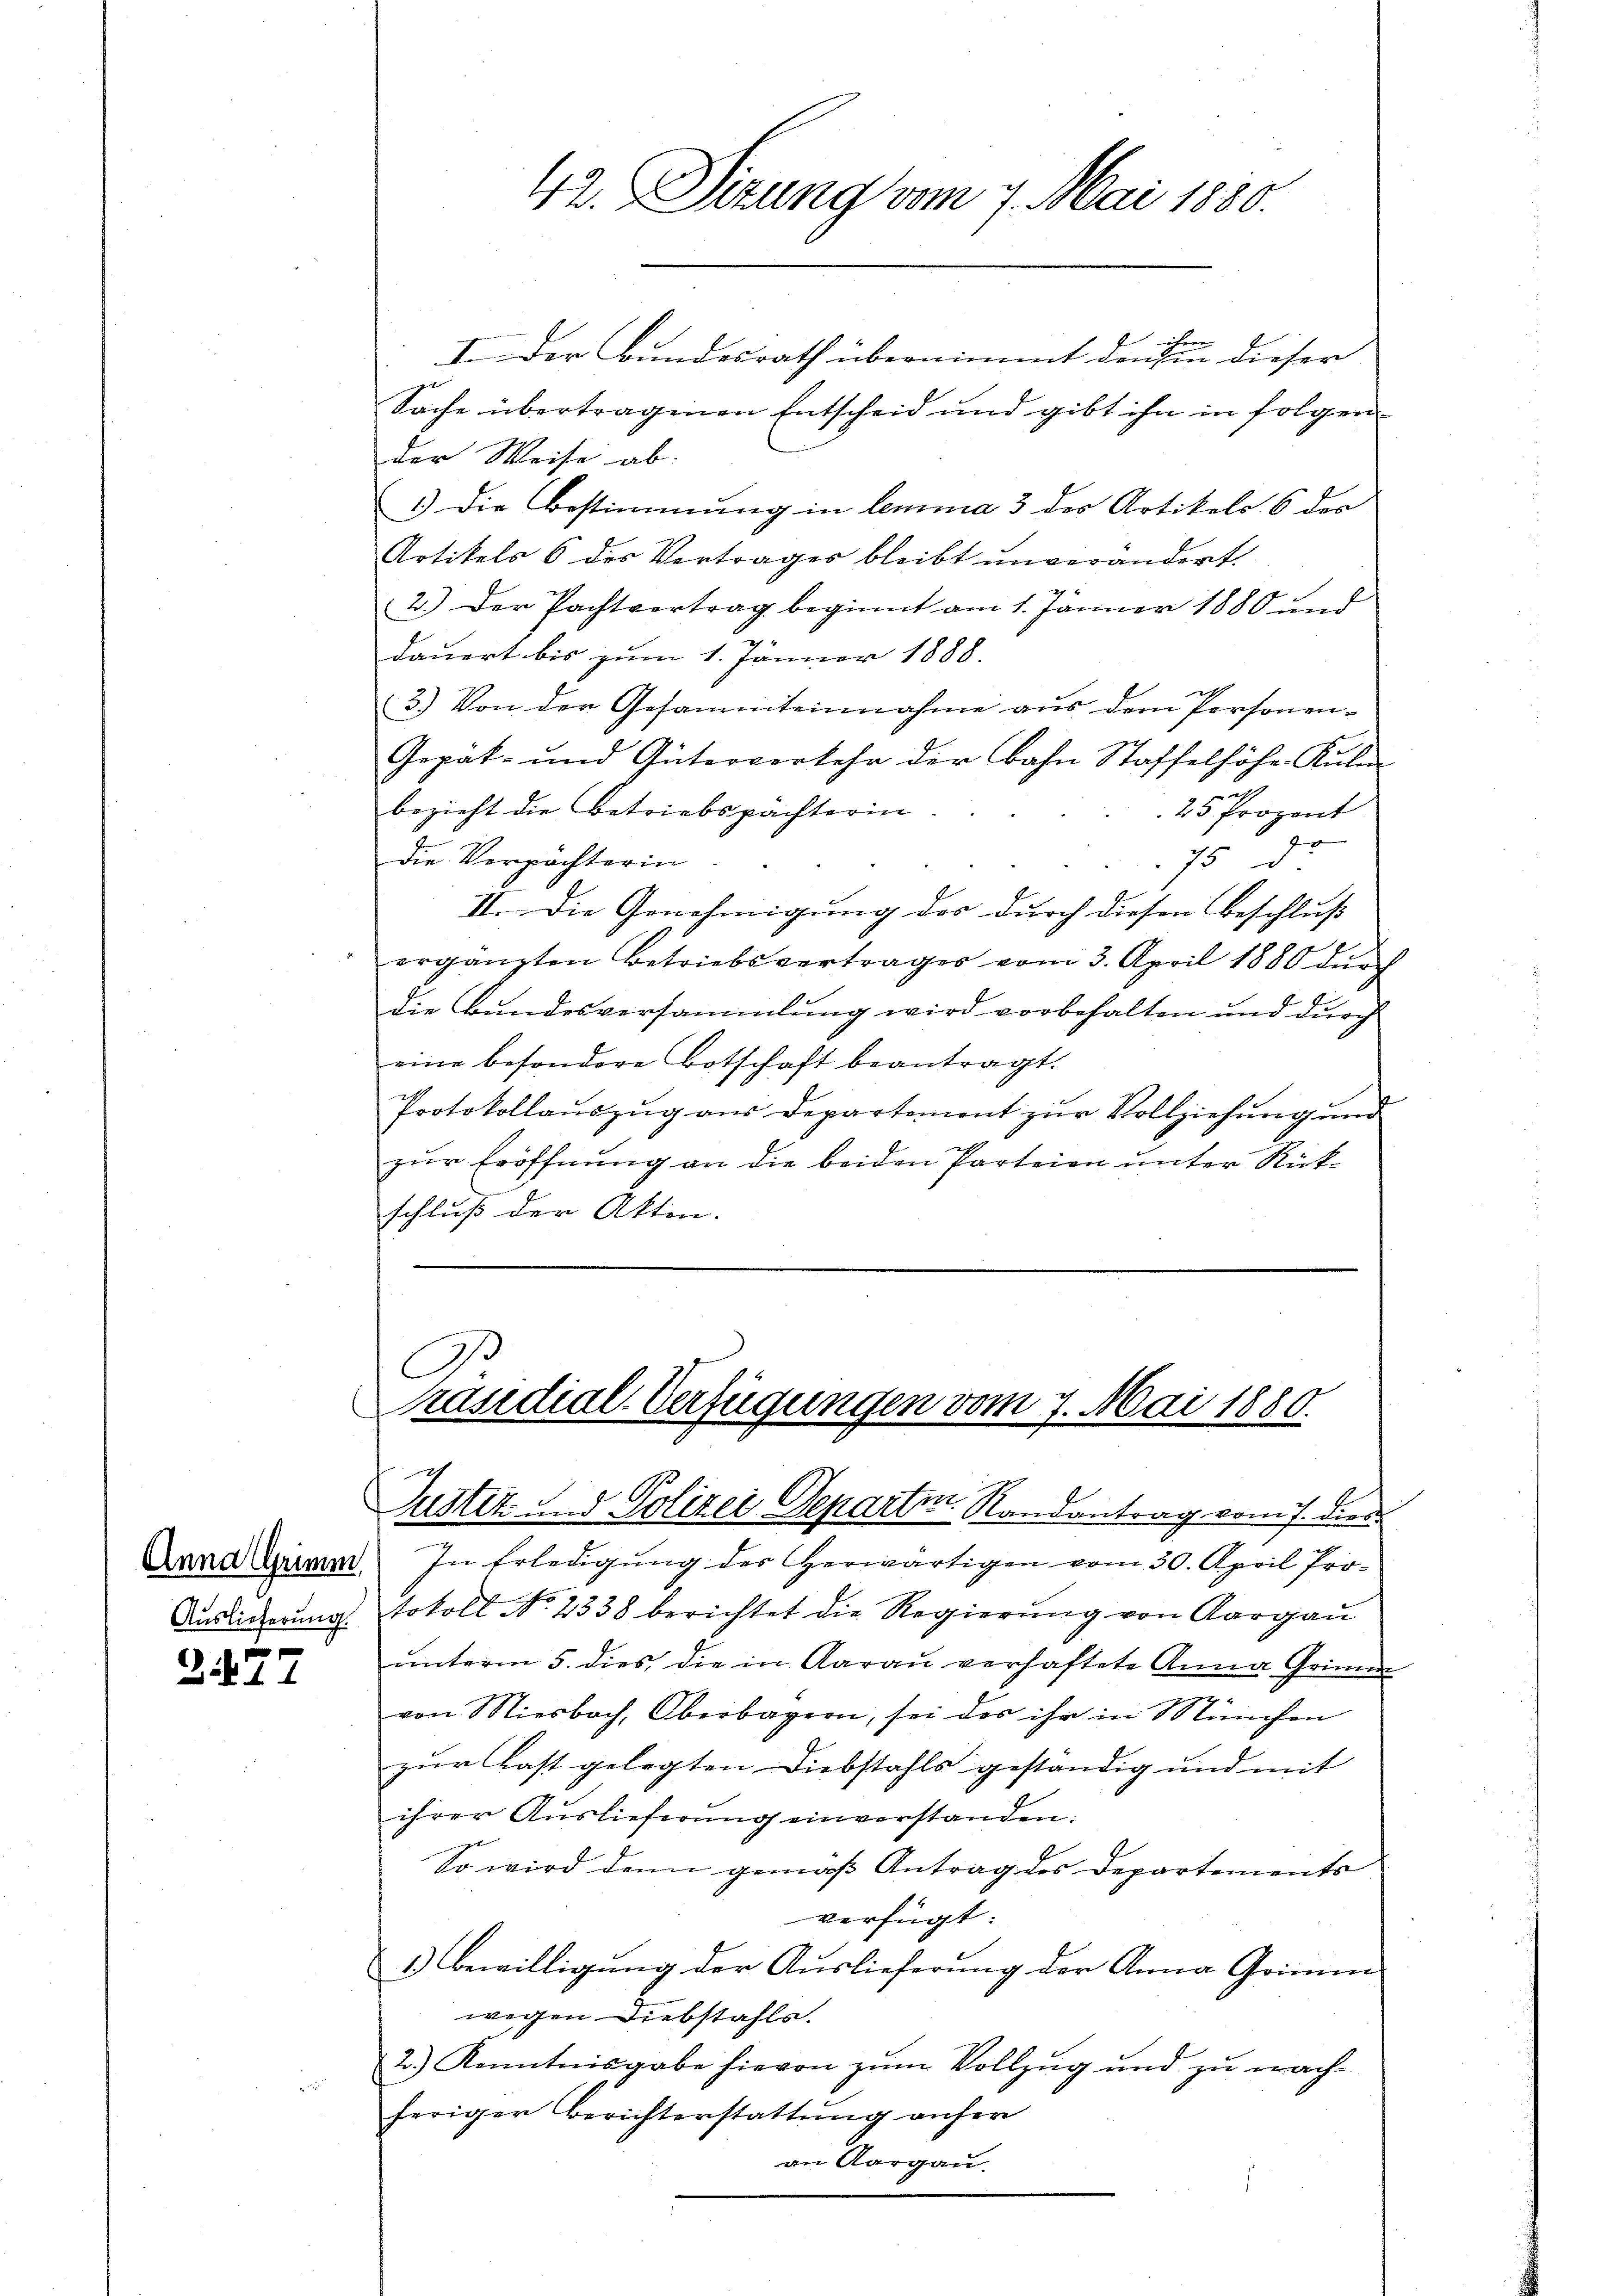
Anna Grimm,
Auslieferung.
e

Gib 11

I. Der Bundesrath übernimmt dann dieser
Sache übertragenen Entscheid und gibt ihn in folgen
der Weise ab.
1.) Die Bestimmung in lemma 3 der Artikels 6 des
Artikels 6 des Vertrages bleibt unverändert
2.) Der Pachtvertrag beginnt am 1. Jänner 1880 und
dauert bis zum 1. Jänner 1888.

3.) Von der Gesammteinnahme aus dem Personen¬
Gepat- und Güterverkehr der Bahn Staffelhöhe Kulm
bezieht die Betriebspachterin.
25 Prozent

Die Verpächterin
75 d
II. Die Genehmigung der durch diesen Beschluß
ergänzten Betriebsvertrages vom 3. April 1880 dŭrch
die Bundesversammlung wird vorbehalten und durch
eine besondere Botschaft beantragt.
Protokollaŭszŭg aŭs Departement zŭr Vollziehŭng ŭnd
zur Eröffnung an die beiden Parteien unter Rückschluß der Akten.

42. Sitzung vom 7. Mai 1880.

In Erledigung des Herwärtigen vom 30. April Protokoll No. 2338 berichtet die Regierung von Aargau
ŭnterm 5. dies die in Aarau verhaftete Anna Grin
von Miesbach, Oberbagern, sei der ihr in München
zur Last gelegten Diebstahls geständig und mit
ihrer Auslieferung einverstanden.
So wird denn gemäß Antrag des Departements
verfügt:
1.) Bewilligung der Auslieferung der Anna Grimin
wegen Diebstahls.
2.) Kenntnisgabe hievon zum Vollzug und zu nachheriger Berichterstattung anfer
an Aargau.
1

C
Präsidial-Verfügungen vom 7. Mai 1880.
Justiz und Polizei Departen Randantrag vom 7. dies